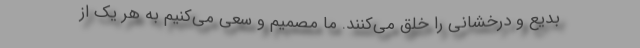
بدیع و درخشانی را خلق می‌کنند. ما مصمیم و سعی می‌کنیم به هر یک از